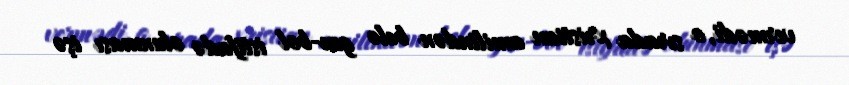
vermədi, o sırada xristian amilindən belə gen-bol istifadə olunması işə